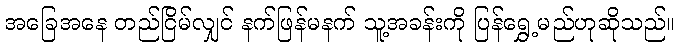
အခြေအနေ တည်ငြိမ်လျှင် နက်ဖြန်မနက် သူ့အခန်းကို ပြန်ရွှေ့မည်ဟုဆိုသည်။